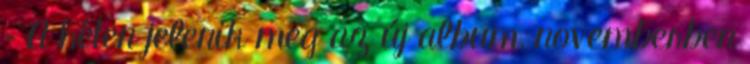
– A héten jelenik meg az új album, novemberben